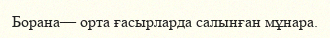
Борана— орта ғасырларда салынған мұнара.